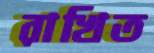
রাখিত